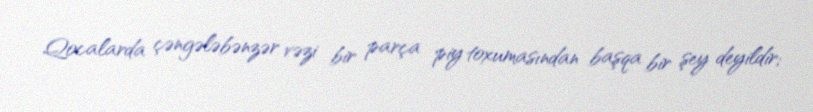
Qocalarda çəngələbənzər vəzi bir parça piy toxumasından başqa bir şey deyildir;